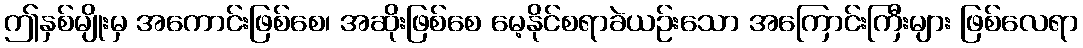
ဤနှစ်မျိုးမှ အကောင်းဖြစ်စေ၊ အဆိုးဖြစ်စေ မေ့နိုင်စရာခဲယဉ်းသော အကြောင်းကြီးများ ဖြစ်လေရာ